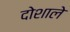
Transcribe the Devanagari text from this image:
दोशाले